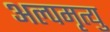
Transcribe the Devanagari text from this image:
अल्पमृत्यु